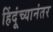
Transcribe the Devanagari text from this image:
हिंदूंच्यानंतर